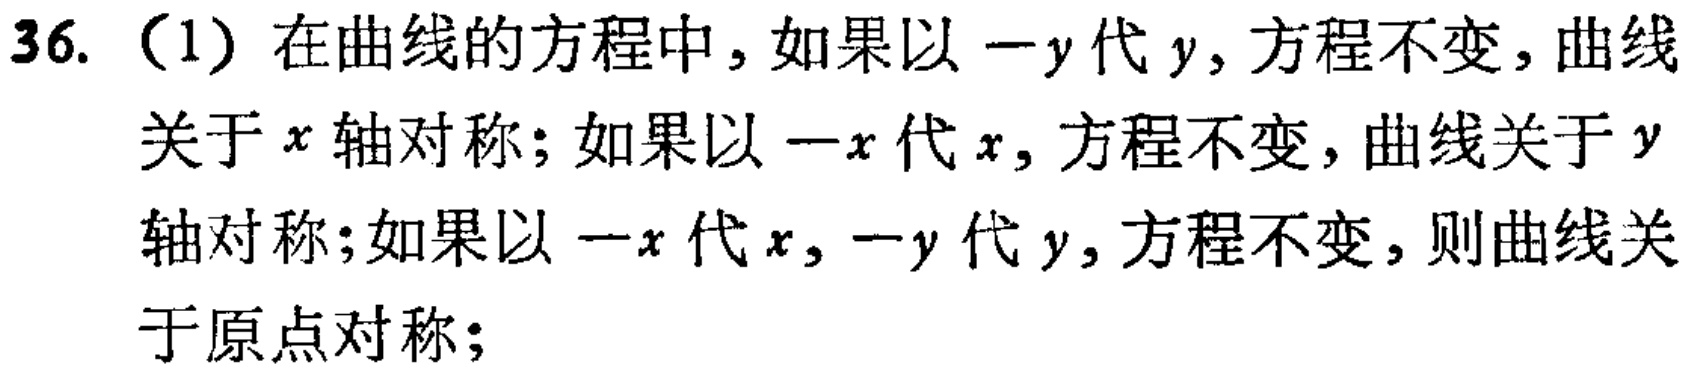
36. （1）在曲线的方程中，如果以\(-y\)代\(y\)，方程不变，曲线关于\(x\)轴对称；如果以\(-x\)代\(x\)，方程不变，曲线关于\(y\)轴对称；如果以\(-x\)代\(x\)，\(-y\)代\(y\)，方程不变，则曲线关于原点对称；